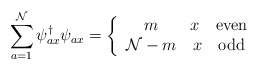
\begin{align*}\sum_{a=1}^{\cal N}\psi^{\dagger}_{ax}\psi_{ax}=\left\{\begin{array}{cc}m&x\quad $even$\\{\cal N}-m&x\quad $odd$\end{array} \right.\end{align*}